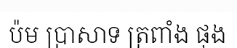
ប៉ម ប្រាសាទ ត្រពាំង ផុង